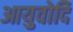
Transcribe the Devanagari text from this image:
आयुवोदि